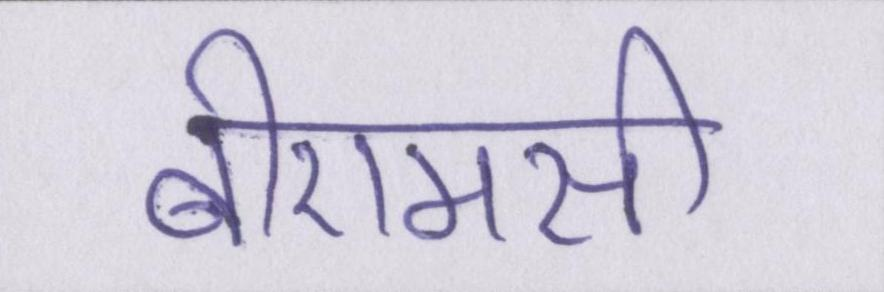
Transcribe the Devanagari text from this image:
बीएमसी